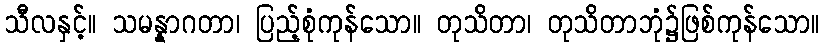
သီလနှင့်။ သမန္နာဂတာ၊ ပြည့်စုံကုန်သော။ တုသိတာ၊ တုသိတာဘုံ၌ဖြစ်ကုန်သော။